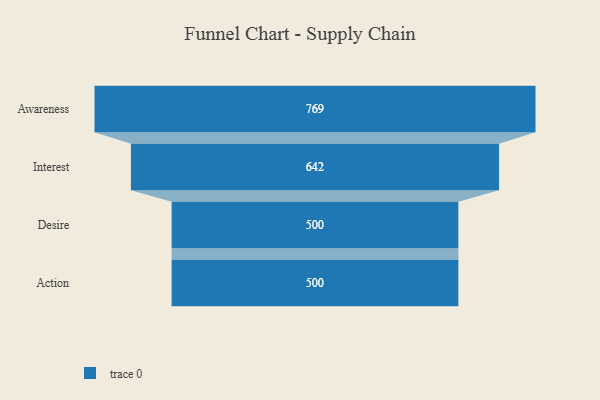
{"axis": {"x": "Stage", "y": "Value"}, "legend": [""], "data": [{"x": "Awareness", "y": 769.0, "type": ""}, {"x": "Interest", "y": 642.0, "type": ""}, {"x": "Desire", "y": 500, "type": ""}, {"x": "Action", "y": 500, "type": ""}]}